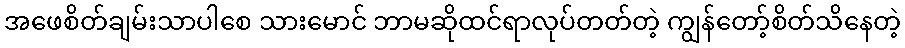
အဖေစိတ်ချမ်းသာပါစေ သားမောင် ဘာမဆိုထင်ရာလုပ်တတ်တဲ့ ကျွန်တော့်စိတ်သိနေတဲ့